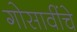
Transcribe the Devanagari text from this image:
गोसावींचे